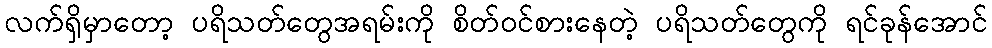
လက်ရှိမှာတော့ ပရိသတ်တွေအရမ်းကို စိတ်ဝင်စားနေတဲ့ ပရိသတ်တွေကို ရင်ခုန်အောင်